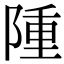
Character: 隀